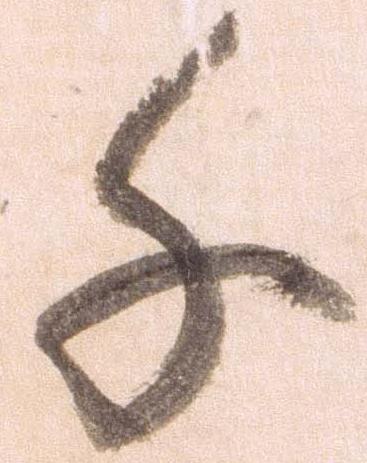
千